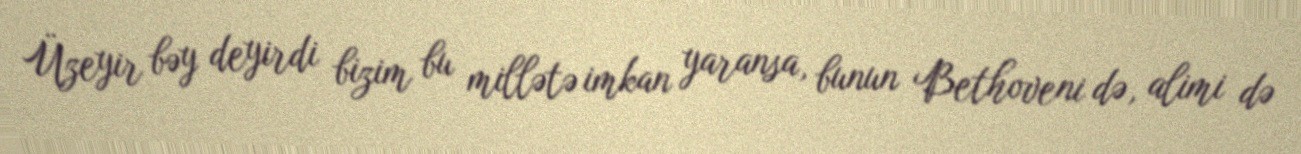
Üzeyir bəy deyirdi bizim bu millətə imkan yaransa, bunun Bethoveni də, alimi də